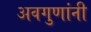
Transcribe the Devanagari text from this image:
अवगुणांनी